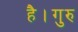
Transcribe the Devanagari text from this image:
है।गुरु